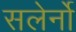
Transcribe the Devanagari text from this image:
सलेर्नो